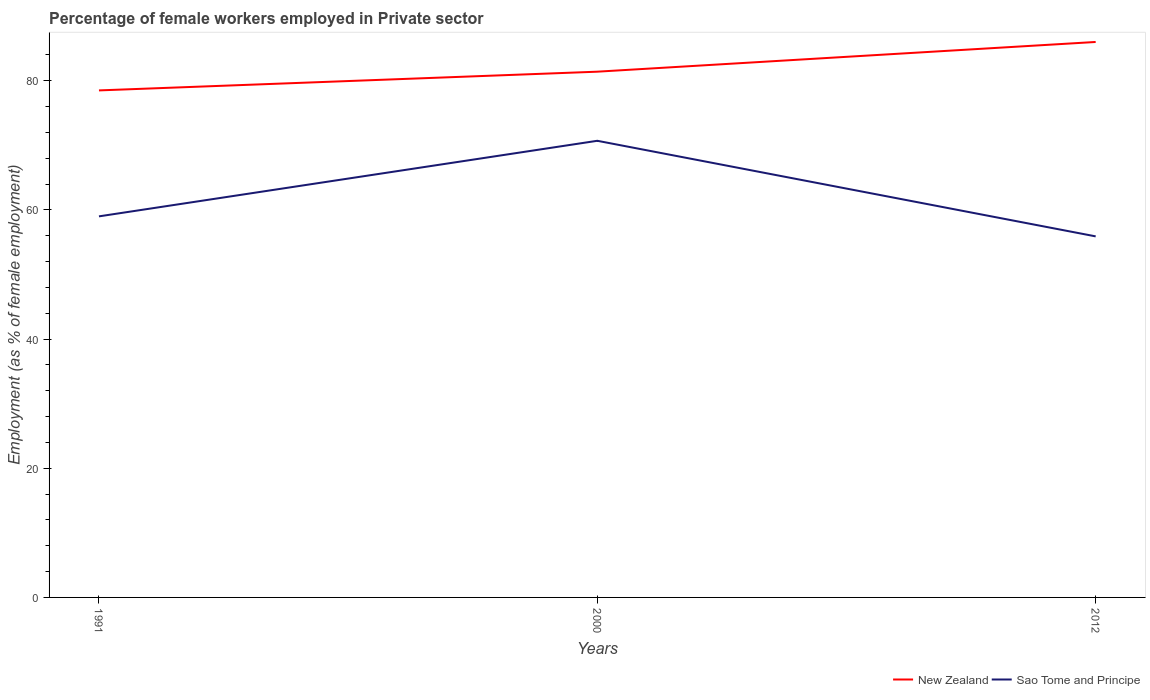
| Years | New Zealand | Sao Tome and Principe |
 | --- | --- | --- |
 | 1991 | 78.5 | 59 |
 | 2000 | 81.4 | 70.7 |
 | 2012 | 86 | 55.9 |